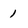
Character: 1